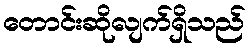
တောင်းဆိုလျက်ရှိသည်